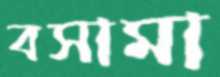
বসামা